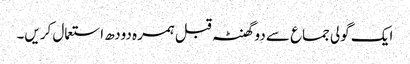
ایک گولی جماع سے دو گھنٹہ قبل ہمرہ دودھ استعمال کریں۔